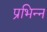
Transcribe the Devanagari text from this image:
प्रभिन्न